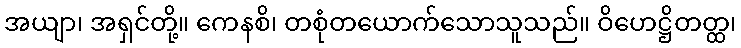
အယျာ၊ အရှင်တို့။ ကေနစိ၊ တစုံတယောက်သောသူသည်။ ဝိဟေဋ္ဌိတတ္ထ၊